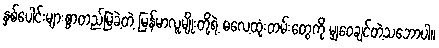
နှစ်ပေါင်းများစွာတည်မြဲခဲ့တဲ့ မြန်မာလူမျိုးတို့ရဲ့ ဓလေ့ထုံးတမ်းတွေကို မျှဝေချင်တဲ့သဘောပါ။